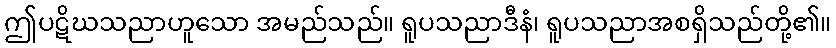
ဤပဋိဃသညာဟူသော အမည်သည်။ ရူပသညာဒီနံ၊ ရူပသညာအစရှိသည်တို့၏။